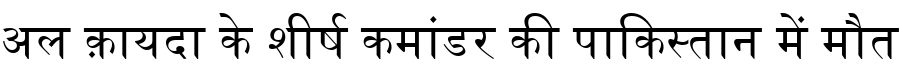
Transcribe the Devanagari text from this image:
अल क़ायदा के शीर्ष कमांडर की पाकिस्तान में मौत